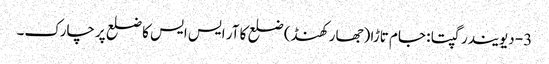
3- دیویندر گپتا : جام تاڑا (جھار کھنڈ) ضلع کا آر ایس ایس کا ضلع پرچارک۔